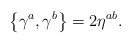
\begin{align*}\left\{ \gamma ^{a},\gamma ^{b}\right\} =2\eta ^{ab}.\end{align*}